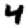
Digit: 4